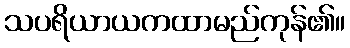
သပရိယာယကထာမည်ကုန်၏။